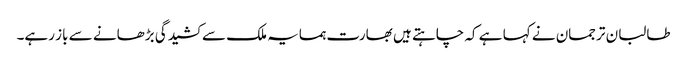
طالبان ترجمان نے کہا ہے کہ چاہتے ہیں بھارت ہمسایہ ملک سے کشیدگی بڑھانے سے باز رہے۔